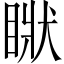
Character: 𥇺